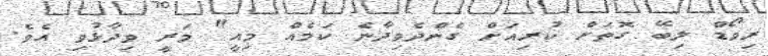
ރިވޯޑް ލިބޭ ގޮތަށް ކުރިއަށް ގެންދެވިދާނެ ކަމެއް މިއީ" މަރީ ވިދާޅުވި އެވެ.